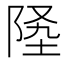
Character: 𨹡